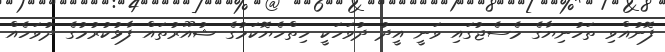
ފޮނުއްވި ތަހުނިޔާގެ މެސެޖުގައި ވަނީ އީދު ދުވަހަކީ ހިތްހެޔޮކަމުގެ ޝުއޫރުތައް ފާޅުކުރުމުގެ ދުވަހެއް